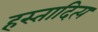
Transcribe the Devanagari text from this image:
हस्तादित्य